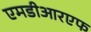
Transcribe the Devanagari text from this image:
एमडीआरएफ